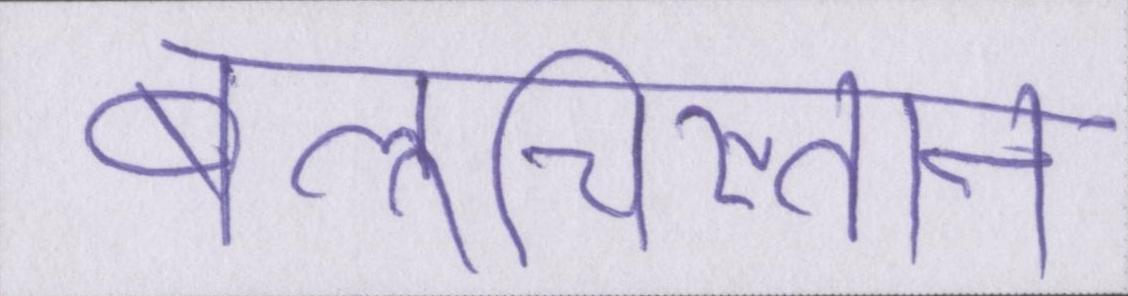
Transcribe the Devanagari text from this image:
बलूचिस्तान